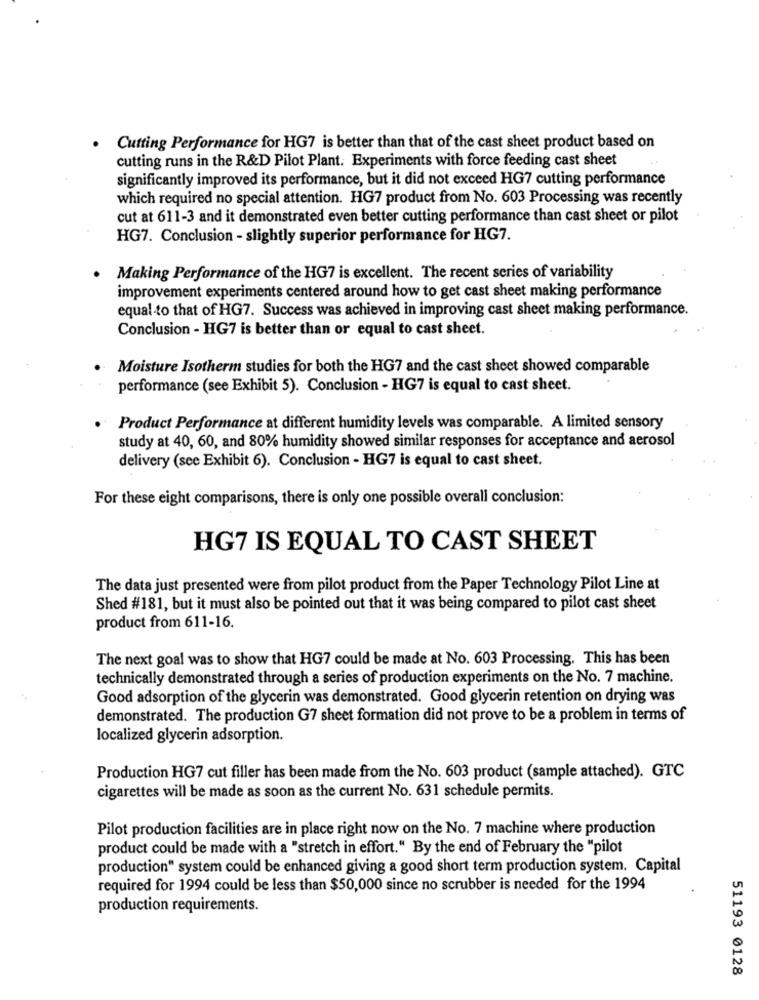
Cutting Performance for HG7 is better than that of the cast sheet product based on
cutting runs in the R&D Pilot Plant. Experiments with force feeding cast sheet
significantly improved its performance, but it did not exceed HG7 cutting performance
which required no special attention. HG7 product from No. 603 Processing was recently
cut at 611-3 and it demonstrated even better cutting performance than cast sheet or pilot
HG7. Conclusion - slightly superior performance for HG7.
Making Performance of the HG7 is excellent. The recent series of variability
improvement experiments centered around how to get cast sheet making performance
equal to that of HG7. Success was achieved in improving cast sheet making performance.
Conclusion - HG7 is better than or equal to cast sheet.
Moisture Isotherm studies for both the HG7 and the cast sheet showed comparable
performance (see Exhibit 5). Conclusion - HG7 is equal to cast sheet.
Product Performance at different humidity levels was comparable. A limited sensory
study at 40, 60, and 80% humidity showed similar responses for acceptance and aerosol
delivery (see Exhibit 6). Conclusion - HG7 is equal to cast sheet.
For these eight comparisons, there is only one possible overall conclusion:
HG7 IS EQUAL TO CAST SHEET
The data just presented were from pilot product from the Paper Technology Pilot Line at
Shed #181, but it must also be pointed out that it was being compared to pilot cast sheet
product from 611-16.
The next goal was to show that HG7 could be made at No. 603 Processing. This has been
technically demonstrated through a series of production experiments on the No. 7 machine.
Good adsorption of the glycerin was demonstrated. Good glycerin retention on drying was
demonstrated. The production G7 sheet formation did not prove to be a problem in terms of
localized glycerin adsorption.
Production HG7 cut filler has been made from the No. 603 product (sample attached). GTC
cigarettes will be made as soon as the current No. 631 schedule permits.
Pilot production facilities are in place right now on the No. 7 machine where production
product could be made with a "stretch in effort." By the end of February the "pilot
production" system could be enhanced giving a good short term production system. Capital
required for 1994 could be less than $50,000 since no scrubber is needed for the 1994
production requirements.
51193 0128